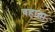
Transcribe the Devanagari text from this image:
वहाता